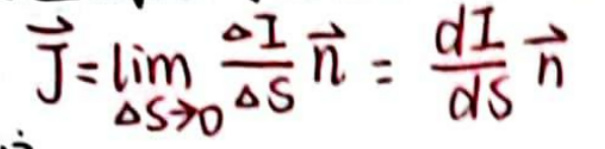
$\vec{J}=\lim_{\Delta S \to 0}\frac{\Delta I}{\Delta S}\vec{n}=\frac{dI}{dS}\vec{n}$